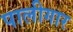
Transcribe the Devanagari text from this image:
पालीगार